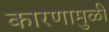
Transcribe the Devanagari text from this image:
कारणामुळीं